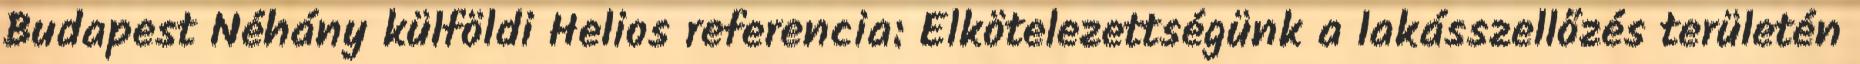
Budapest Néhány külföldi Helios referencia: Elkötelezettségünk a lakásszellőzés területén